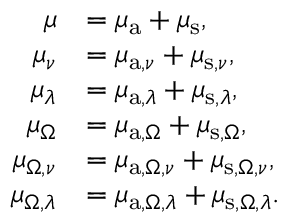
{ \begin{array} { r l } { \mu } & { = \mu _ { \mathrm { a } } + \mu _ { \mathrm { s } } , } \\ { \mu _ { \nu } } & { = \mu _ { \mathrm { a } , \nu } + \mu _ { \mathrm { s } , \nu } , } \\ { \mu _ { \lambda } } & { = \mu _ { \mathrm { a } , \lambda } + \mu _ { \mathrm { s } , \lambda } , } \\ { \mu _ { \Omega } } & { = \mu _ { \mathrm { a } , \Omega } + \mu _ { \mathrm { s } , \Omega } , } \\ { \mu _ { \Omega , \nu } } & { = \mu _ { \mathrm { a } , \Omega , \nu } + \mu _ { \mathrm { s } , \Omega , \nu } , } \\ { \mu _ { \Omega , \lambda } } & { = \mu _ { \mathrm { a } , \Omega , \lambda } + \mu _ { \mathrm { s } , \Omega , \lambda } . } \end{array} }